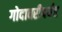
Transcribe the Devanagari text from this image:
गोदावरीपर्यंत